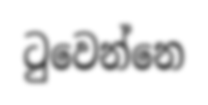
ටුවෙන්නෙ